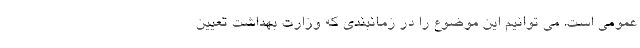
عمومی است. می توانیم این موضوع را در زمانبندی که وزارت بهداشت تعیین